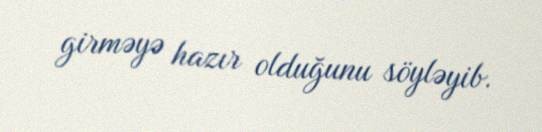
girməyə hazır olduğunu söyləyib.